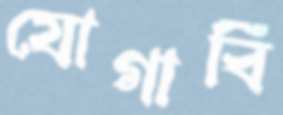
যোগাবি